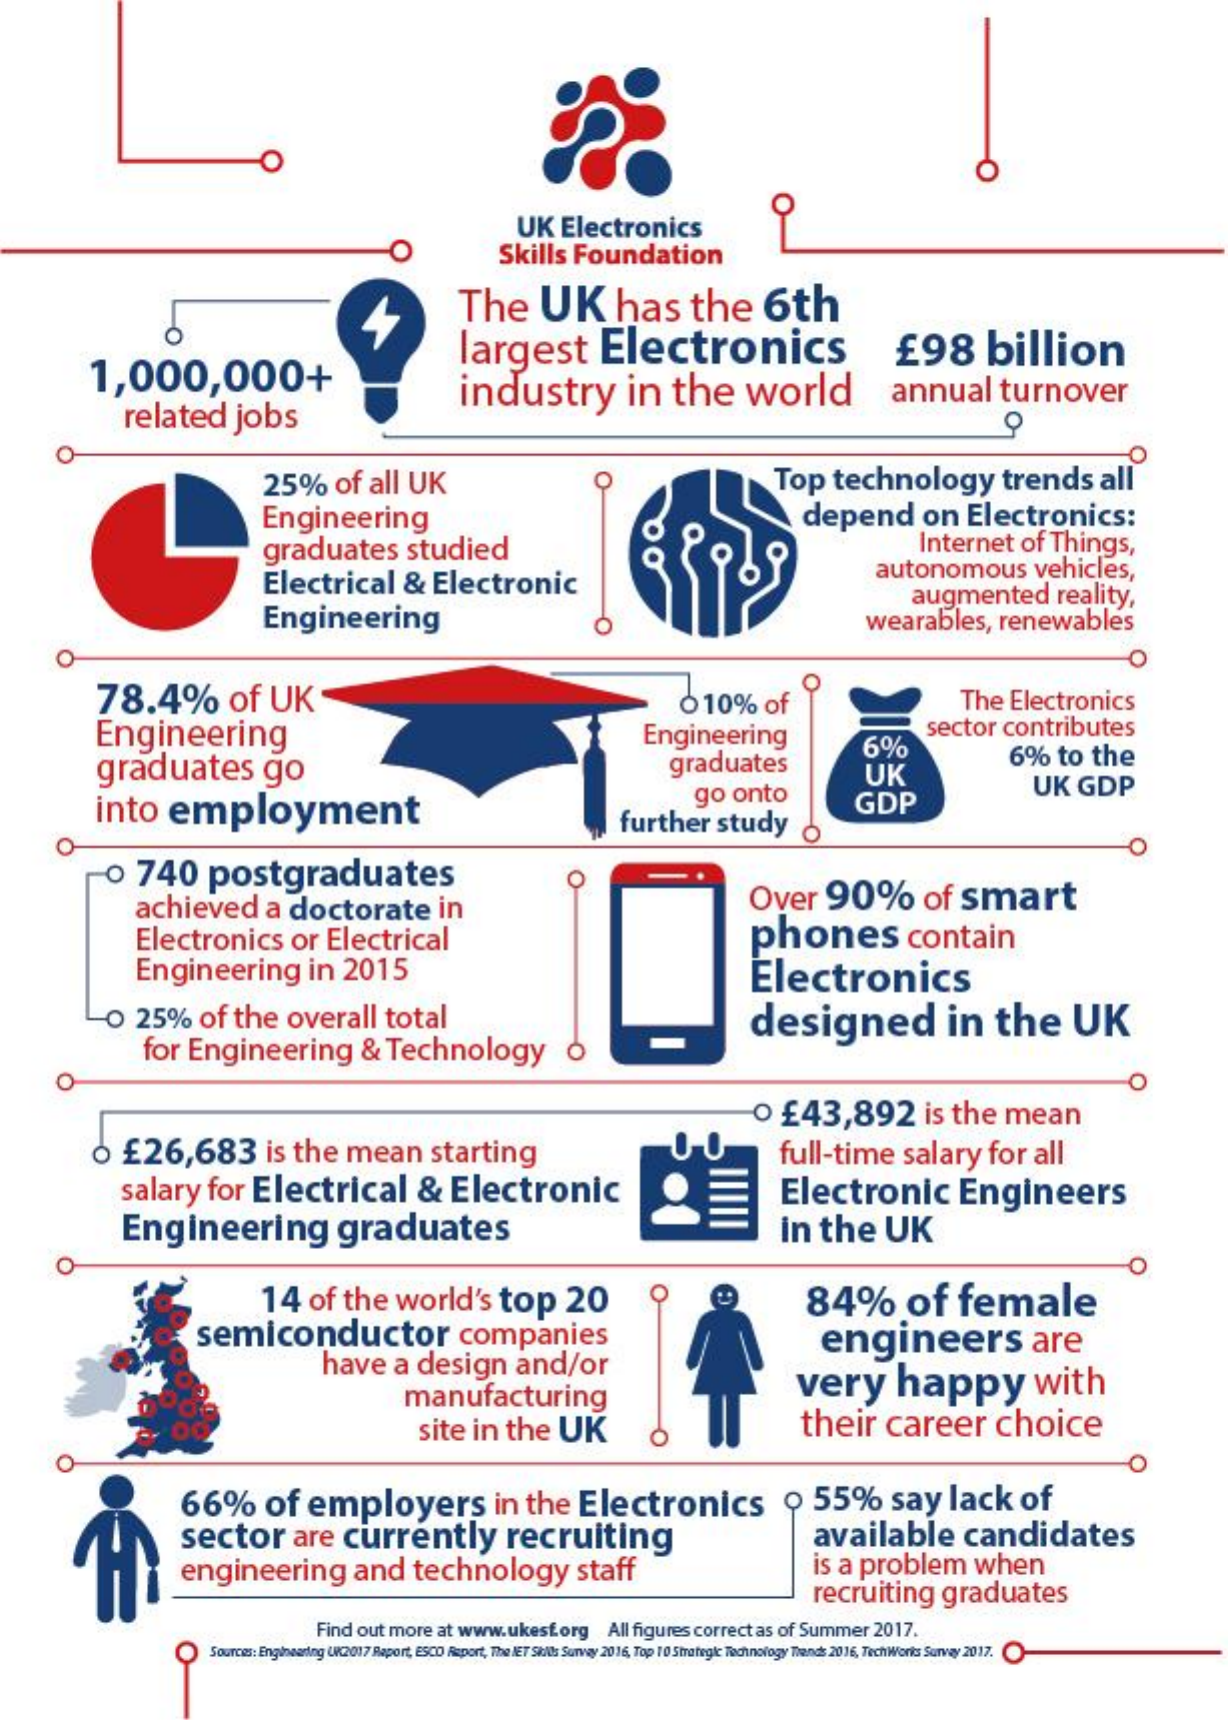
UK    Electronics
     Skills    Foundation
     The    UK    has    the    6th
     1,000,000+
     largest    Electronics    £98    billion
     related    jobs
     industry    in    the    world    annual    turnover
     O
     25%    of   all   UK    Top    technology    trends    all
     Engineering    depend    on    Electronics:
     graduates    studied    Internet    of   Things,
     Electrical    &   Electronic    autonomous    vehicles,
     Engineering
     augmented    reality,
     wearables,    renewables
     O
     78.4%    of    UK    The    Electronics
     Engineering
     010%    of
     Engineering
     graduates    go    graduates
     6%
     sector    contributes
     go    onto
     UK
     6%    to   the
     into    employment    GDP
     UK    GDP
     O
     further    study
     o   740    postgraduates    O
     achieved    a   doctorate    in    Over    90%    of   smart
     Electronics    or    Electrical    phones    contain
     Engineering    in    2015    Electronics
     O    25%    of   the    overall    total    designed    in    the    UK
     for  Engineering    &   Technology
     0   £43,892    is  the    mean
     0  £26,683    is  the    mean    starting    full-time    salary    for    all
     salary    for    Electrical    &    Electronic
     Engineering    graduates
     Electronic    Engineers
     in   the    UK
     O
     14    of   the    world's    top    20    84%    of    female
     semiconductor    companies
     have    a   design    and/or
     engineers    are
     manufacturing    very    happy    with
     site    in   the    UK    their    career    choice
     O
     66%    of    employers    in   the    Electronics    9    55%    say    lack    of
     sector    are    currently    recruiting    available    candidates
     engineering    and    technology    staff    is  a  problem    when
     recruiting    graduates
     O
     Find  out more    at www.ukest.org    All figures  correct   as of Summer    2017.
     Sources: Enginesring :2017 Raport, ESCO Risport, The IET Sikids Survey 2016, Top 10 Strategie Technology Trends 2016, Tech Works Survay 2017.